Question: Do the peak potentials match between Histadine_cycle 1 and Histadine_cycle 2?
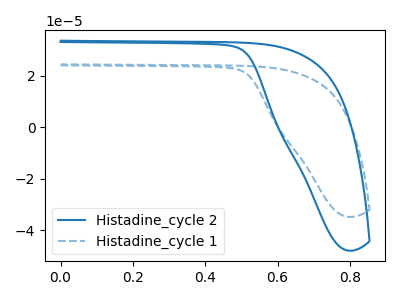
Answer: <think>The blue curve "Histadine_cycle 2" has no peaks. The blue dashed curve "Histadine_cycle 1" has no peaks.</think>
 <answer>Niether CV has any peaks.</answer>
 <eval>blanks</eval>